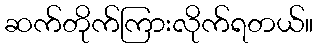
ဆက်တိုက်ကြားလိုက်ရတယ်။